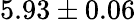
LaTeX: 5.93\pm 0.06